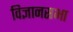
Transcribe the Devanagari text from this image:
विज्ञानसभा